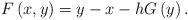
LaTeX: \begin{align*}F\left( x,y\right) =y-x-hG\left( y\right) .\end{align*}